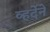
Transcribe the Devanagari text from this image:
व्हर्देने